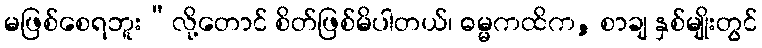
မဖြစ်စေရဘူး”လို့တောင် စိတ်ဖြစ်မိပါတယ်၊ ဓမ္မကထိက, စာချ နှစ်မျိုးတွင်